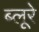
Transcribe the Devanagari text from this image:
ब्लूरे